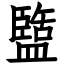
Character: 盬